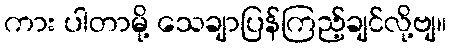
ကား ပါတာမို့ သေချာပြန်ကြည့်ချင်လို့ဗျ။